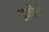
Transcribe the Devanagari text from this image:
खादिरों